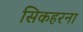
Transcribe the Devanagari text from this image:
सिकहरना